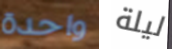
واحدة ليلة